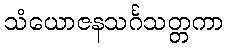
သံယောဇနသင်္ဂသတ္တကာ